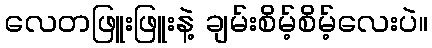
လေတဖြူးဖြူးနဲ့ ချမ်းစိမ့်စိမ့်လေးပဲ။